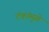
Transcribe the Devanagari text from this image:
टंकांमुळे